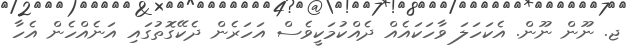
ޖ. ނޫން ނޫން. އެކަހަލަ ވާހަކައެއް ދެއްކުމަކީވެސް އަހަރެން ދެކޭގޮތުގައި އަނެއްހެން އެހާ